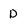
Character: D